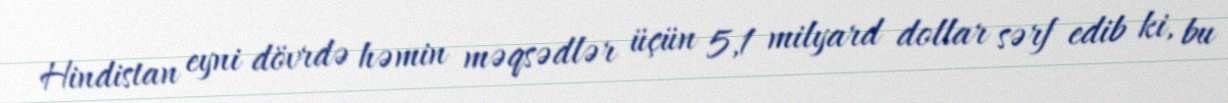
Hindistan eyni dövrdə həmin məqsədlər üçün 5,1 milyard dollar sərf edib ki, bu